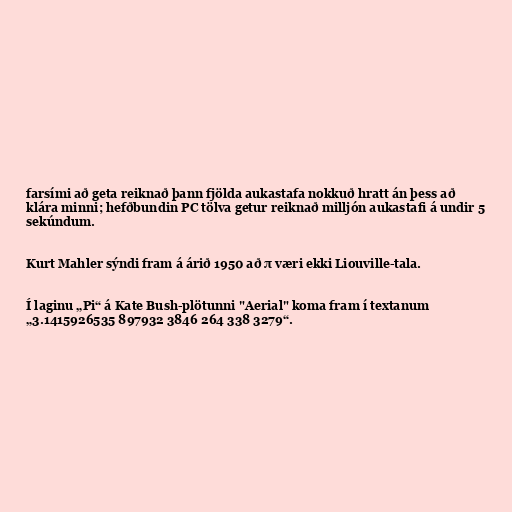
farsími að geta reiknað þann fjölda aukastafa nokkuð hratt án þess að
klára minni; hefðbundin PC tölva getur reiknað milljón aukastafi á undir 5
sekúndum.

Kurt Mahler sýndi fram á árið 1950 að π væri ekki Liouville-tala.

Í laginu „Pi“ á Kate Bush-plötunni "Aerial" koma fram í textanum
„3.1415926535 897932 3846 264 338 3279“.